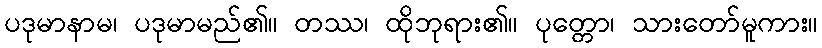
ပဒုမာနာမ၊ ပဒုမာမည်၏။ တဿ၊ ထိုဘုရား၏။ ပုတ္တော၊ သားတော်မူကား။